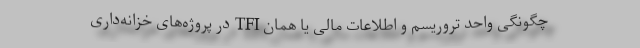
چگونگی واحد تروریسم و اطلاعات مالی یا همان TFI در پروژه‌های خزانه‌داری